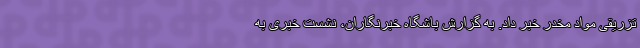
تزریقی مواد مخدر خبر داد. به گزارش باشگاه خبرنگاران، نشست خبری به